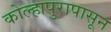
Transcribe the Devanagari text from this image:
कोल्हापुरापासून